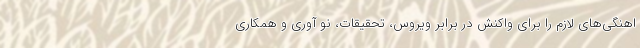
اهنگی‌های لازم را برای واکنش در برابر ویروس، تحقیقات، نو آوری و همکاری